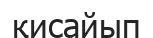
қисайып